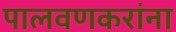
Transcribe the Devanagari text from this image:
पालवणकरांना